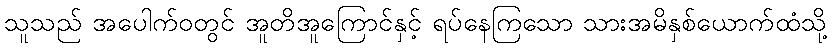
သူသည် အပေါက်ဝတွင် အူတိအူကြောင်နှင့် ရပ်နေကြသော သားအမိနှစ်ယောက်ထံသို့